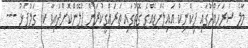
މާލެ ސަރަހައްދުގައި ޕިކްނިކް އައިލެންޑެއްގެ ގޮތުގައި ތަރައްގީކުރަން ޕްލޭންކޮށްފައިވާ ކ. ގަލުފަޅު ---